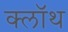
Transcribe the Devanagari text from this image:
क्‍लॉथ